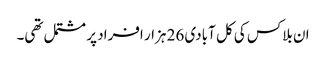
ان بلاکس کی کل آبادی 26 ہزار افراد پر مشتمل تھی۔